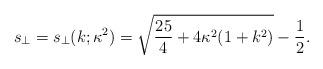
LaTeX: \begin{align*}s_{\perp}=s_{\perp}(k;\kappa^2)=\sqrt{\frac{25}{4}+4\kappa^2(1+k^2)}-\frac12.\end{align*}